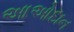
આઓદાન